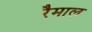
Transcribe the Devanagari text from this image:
रैमाल